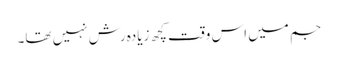
جم میں اس وقت کچھ زیادہ رش نہیں تھا۔